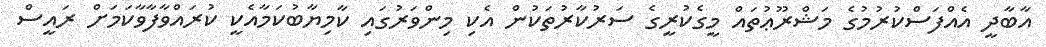
އާބާދީ އެއްފަސްކުރުމުގެ މަޝްރޫޢުތައް މީގެކުރީގެ ސަރުކާރުތަކުން އެކި މިންވަރުގައި ކާމިޔާބުކަމާއެކީ ކުރައްވާފާވާކަމަށް ރައީސް